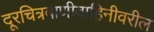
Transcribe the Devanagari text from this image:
दूरचित्रवाणीवाहिनीवरील